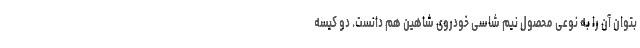
بتوان آن را به نوعی محصول نیم شاسی خودروی شاهین هم دانست. دو کیسه